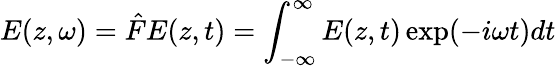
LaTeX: E(z,\omega)=\hat{F}E(z,t)=\int_{-\infty}^{\infty}E(z,t)\exp(-i\omega t)dt